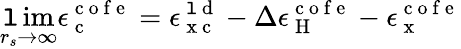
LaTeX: \operatorname*{\mathtt{l}im}_{r_{s}\to\infty}\epsilon_{\mathrm{{~c~}}}^{\mathrm{{~c~o~f~e~}}}=\epsilon_{\mathrm{{~x~c~}}}^{\mathrm{{~\mathtt{l}~d~}}}-\Delta\epsilon_{\mathrm{{~H~}}}^{\mathrm{{~c~o~f~e~}}}-\epsilon_{\mathrm{{~x~}}}^{\mathrm{{~c~o~f~e~}}}